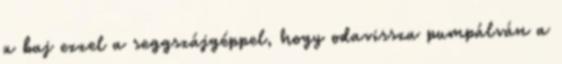
a baj ezzel a seggszájgéppel, hogy odavissza pumpálván a